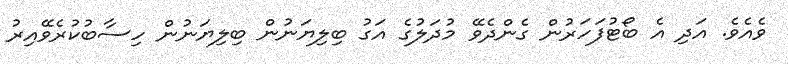
ވެއެވެ. އަދި އެ ބޯޓުފަހަރުން ގެންދެވޭ މުދަލުގެ އަގު ބިލިޔަނުން ބިލިޔަނުން ހިސާބުކުރެވޭއިރު